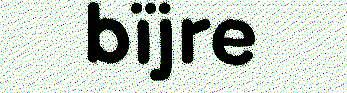
bïjre